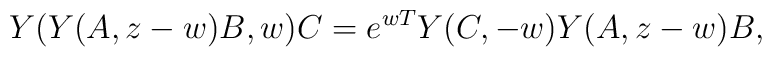
Y(Y(A,z-w)B,w) C = e^{wT} Y(C,-w) Y(A,z-w) B,